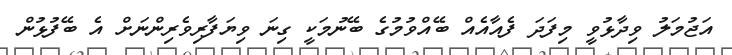
އަޖުމަލު ވިދާޅުވީ މިފަދަ ފެއާއެއް ބޭއްވުމުގެ ބޭނުމަކީ ގިނަ ވިޔަފާރިވެރިންނަށް އެ ބޭފުޅުން